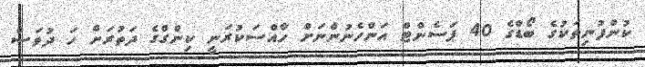
ކުންފުނިތަކުގެ ބޯޑްގެ 40 ޕަސެންޓް އަންހެނުންނަށް ހާއްސަކުރަނީ ކިންގްގެ ދަތުރަށް ހަ ދުވަސް